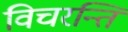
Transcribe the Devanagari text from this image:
विचरन्ति